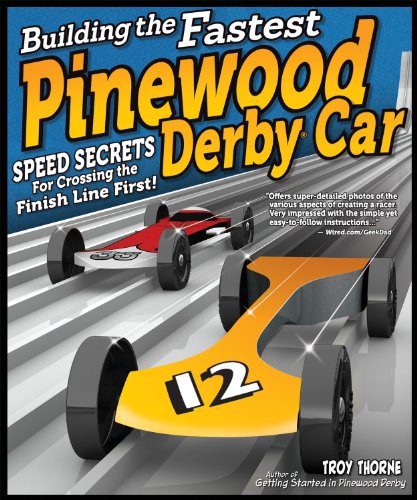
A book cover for Building the Fastest Pinewood Derby Car: Speed Secrets for Crossing the Finish Line First!; Troy Thorne; Engineering & Transportation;